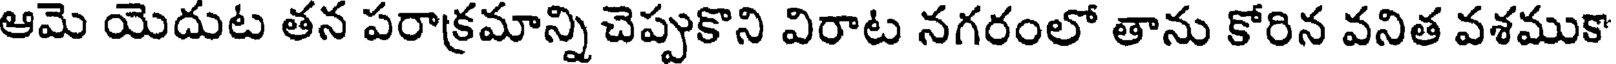
ఆమె యెదుట తన పరాక్రమాన్ని చెప్పుకొని విరాట నగరంలో తాను కోరిన వనిత వశముకా